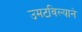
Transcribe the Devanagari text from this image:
उमटविल्याने